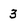
Character: 3